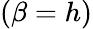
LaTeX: (\beta=h)